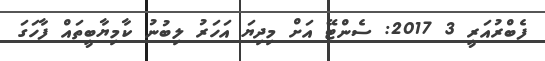
ފެބްރުއަރީ 3 2017: ސެންޓޭ އަށް މިދިޔަ އަހަރު ލިބުނު ކާމިޔާބީތައް ފާހަގަ